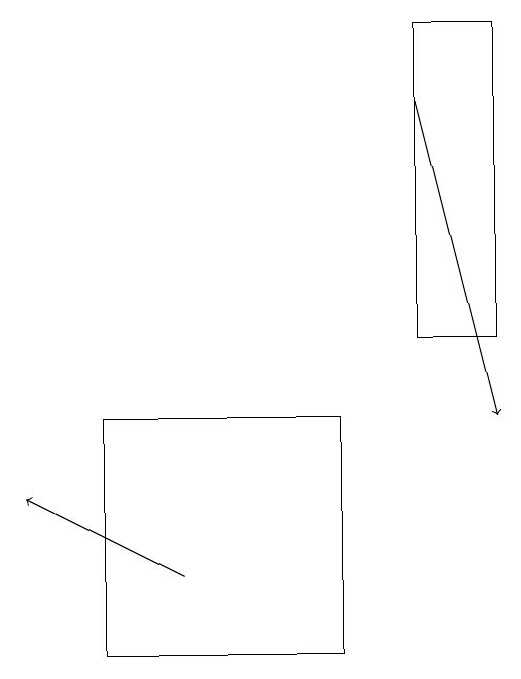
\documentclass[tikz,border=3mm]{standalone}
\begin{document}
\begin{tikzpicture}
\draw[->] (4,11) -- (2,12);
\draw (6,10) rectangle (3,13);
\draw (7,14) rectangle (8,18);
\draw[->] (7,17) -- (8,13);
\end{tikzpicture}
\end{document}